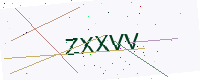
Text: ZXXVV